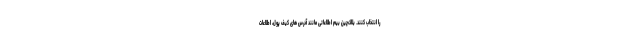
را انتخاب کنند. بلاک‌چین بیم اطلاعاتی مانند آدرس های کیف پول، اطلاعات